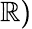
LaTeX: \mathbb{R})